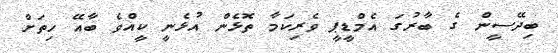
ބިދޭސީން ގެ ބާރުގަ އެމްޑީޕީ ވެރިކަމާ ތޮޅެން އުޅެނީ ކީއްވެ ބާއޭ ހިތަށް